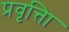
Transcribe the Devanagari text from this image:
प्रवृत्तिा